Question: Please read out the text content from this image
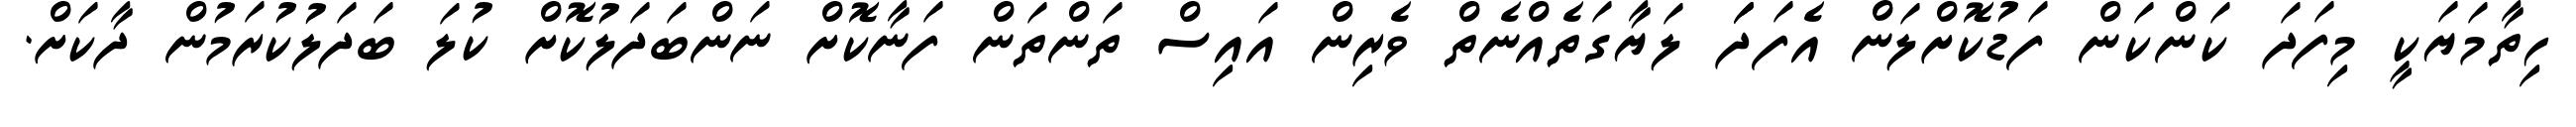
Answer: ހިތާމަޔަކީ މިފަދަ ކަންކަން ފަޑުކޮށްލަން އެފަދަަަ ލަޔާގަތެއްނެތް ވެރިން އައިސް ތަންތަން ފަނާކޮށް ނަންބަދަލުކޮށް ކުލަ ބަދަލުކުރަމުން ދާކަށް.